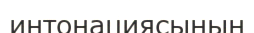
интонациясының